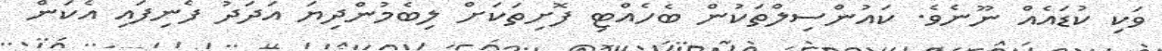
ވަކި ކުޑައެއް ނޫނެވެ. ކައުންސިލްތަކުން ބެހެއްޓި ފޮށިތަކަށް ލިބެމުންދިޔަ އަދަދު ފެނިފައި އެކަން